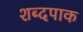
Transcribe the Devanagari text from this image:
शब्दपाक